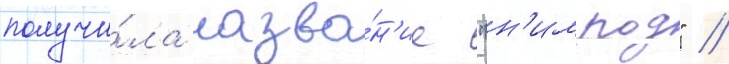
получи́ла назва́н'ие "н'имрод" //